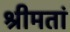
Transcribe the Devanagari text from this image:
श्रीमतां